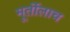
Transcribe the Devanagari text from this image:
मूर्तीलाच